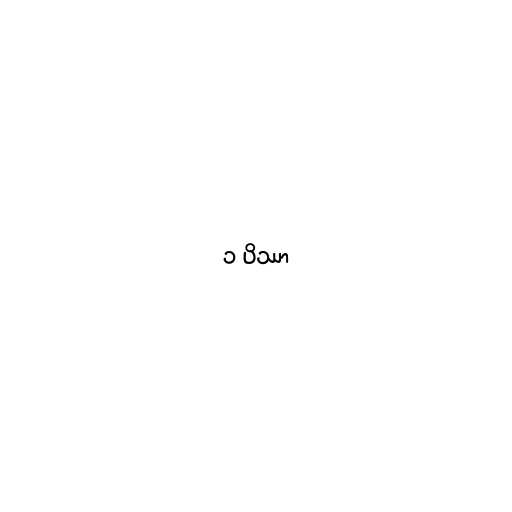
၁ ပိဿာ